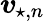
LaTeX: \boldsymbol{v}_{\! \; \! \star,n}